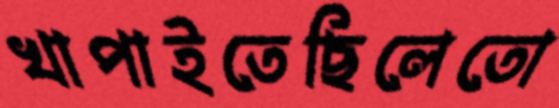
খাপাইতেছিলেতো